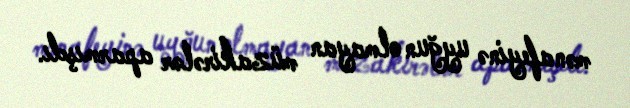
mənafeyinə uyğun olmayan müzakirələr aparmışdı.